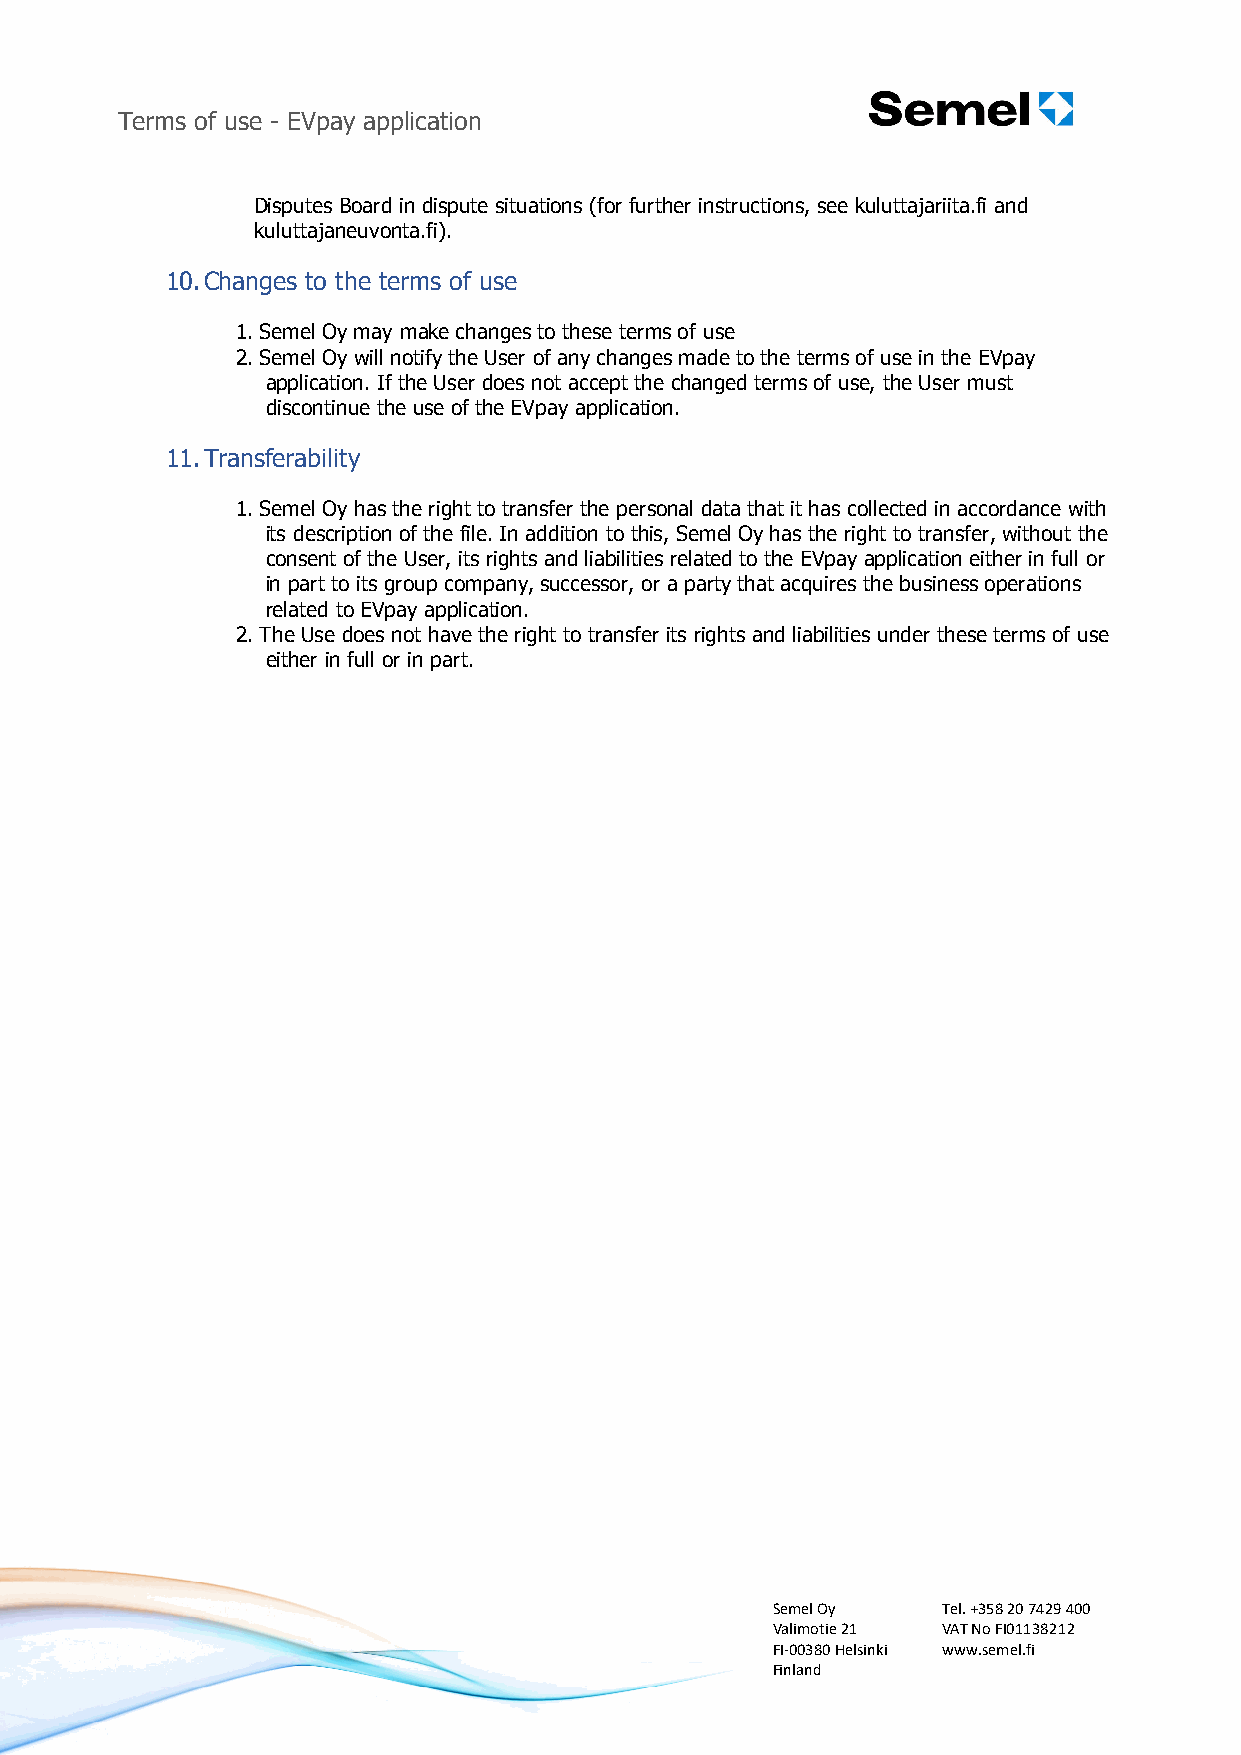
Terms of use - EVpay application
 Disputes Board in dispute situations (for further instructions, see kuluttajariita.fi and
 kuluttajaneuvonta.fi).
 10.Changes to the terms of use
 1. Semel Oy may make changes to these terms of use
 2. Semel Oy will notify the User of any changes made to the terms of use in the EVpay
 application. If the User does not accept the changed terms of use, the User must
 discontinue the use of the EVpay application.
 11.Transferability
 1. Semel Oy has the right to transfer the personal data that it has collected in accordance with
 its description of the file. In addition to this, Semel Oy has the right to transfer, without the
 consent of the User, its rights and liabilities related to the EVpay application either in full or
 in part to its group company, successor, or a party that acquires the business operations
 related to EVpay application.
 2. The Use does not have the right to transfer its rights and liabilities under these terms of use
 either in full or in part.
 Semel Oy   Tel. +358 20 7429 400
 Valimotie 21 VAT No FI01138212
 FI-00380 Helsinki www.semel.fi
 Finland